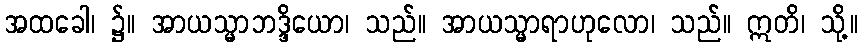
အထခေါ၊ ၌။ အာယသ္မာဘဒ္ဒိယော၊ သည်။ အာယသ္မာရာဟုလော၊ သည်။ ဣတိ၊ သို့။